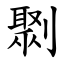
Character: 㔌